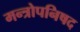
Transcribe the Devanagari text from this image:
मन्त्रोपनिषद